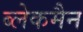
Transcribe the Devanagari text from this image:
ब्लेकमैन